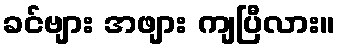
ခင်ဗျား အဖျား ကျပြီလား။